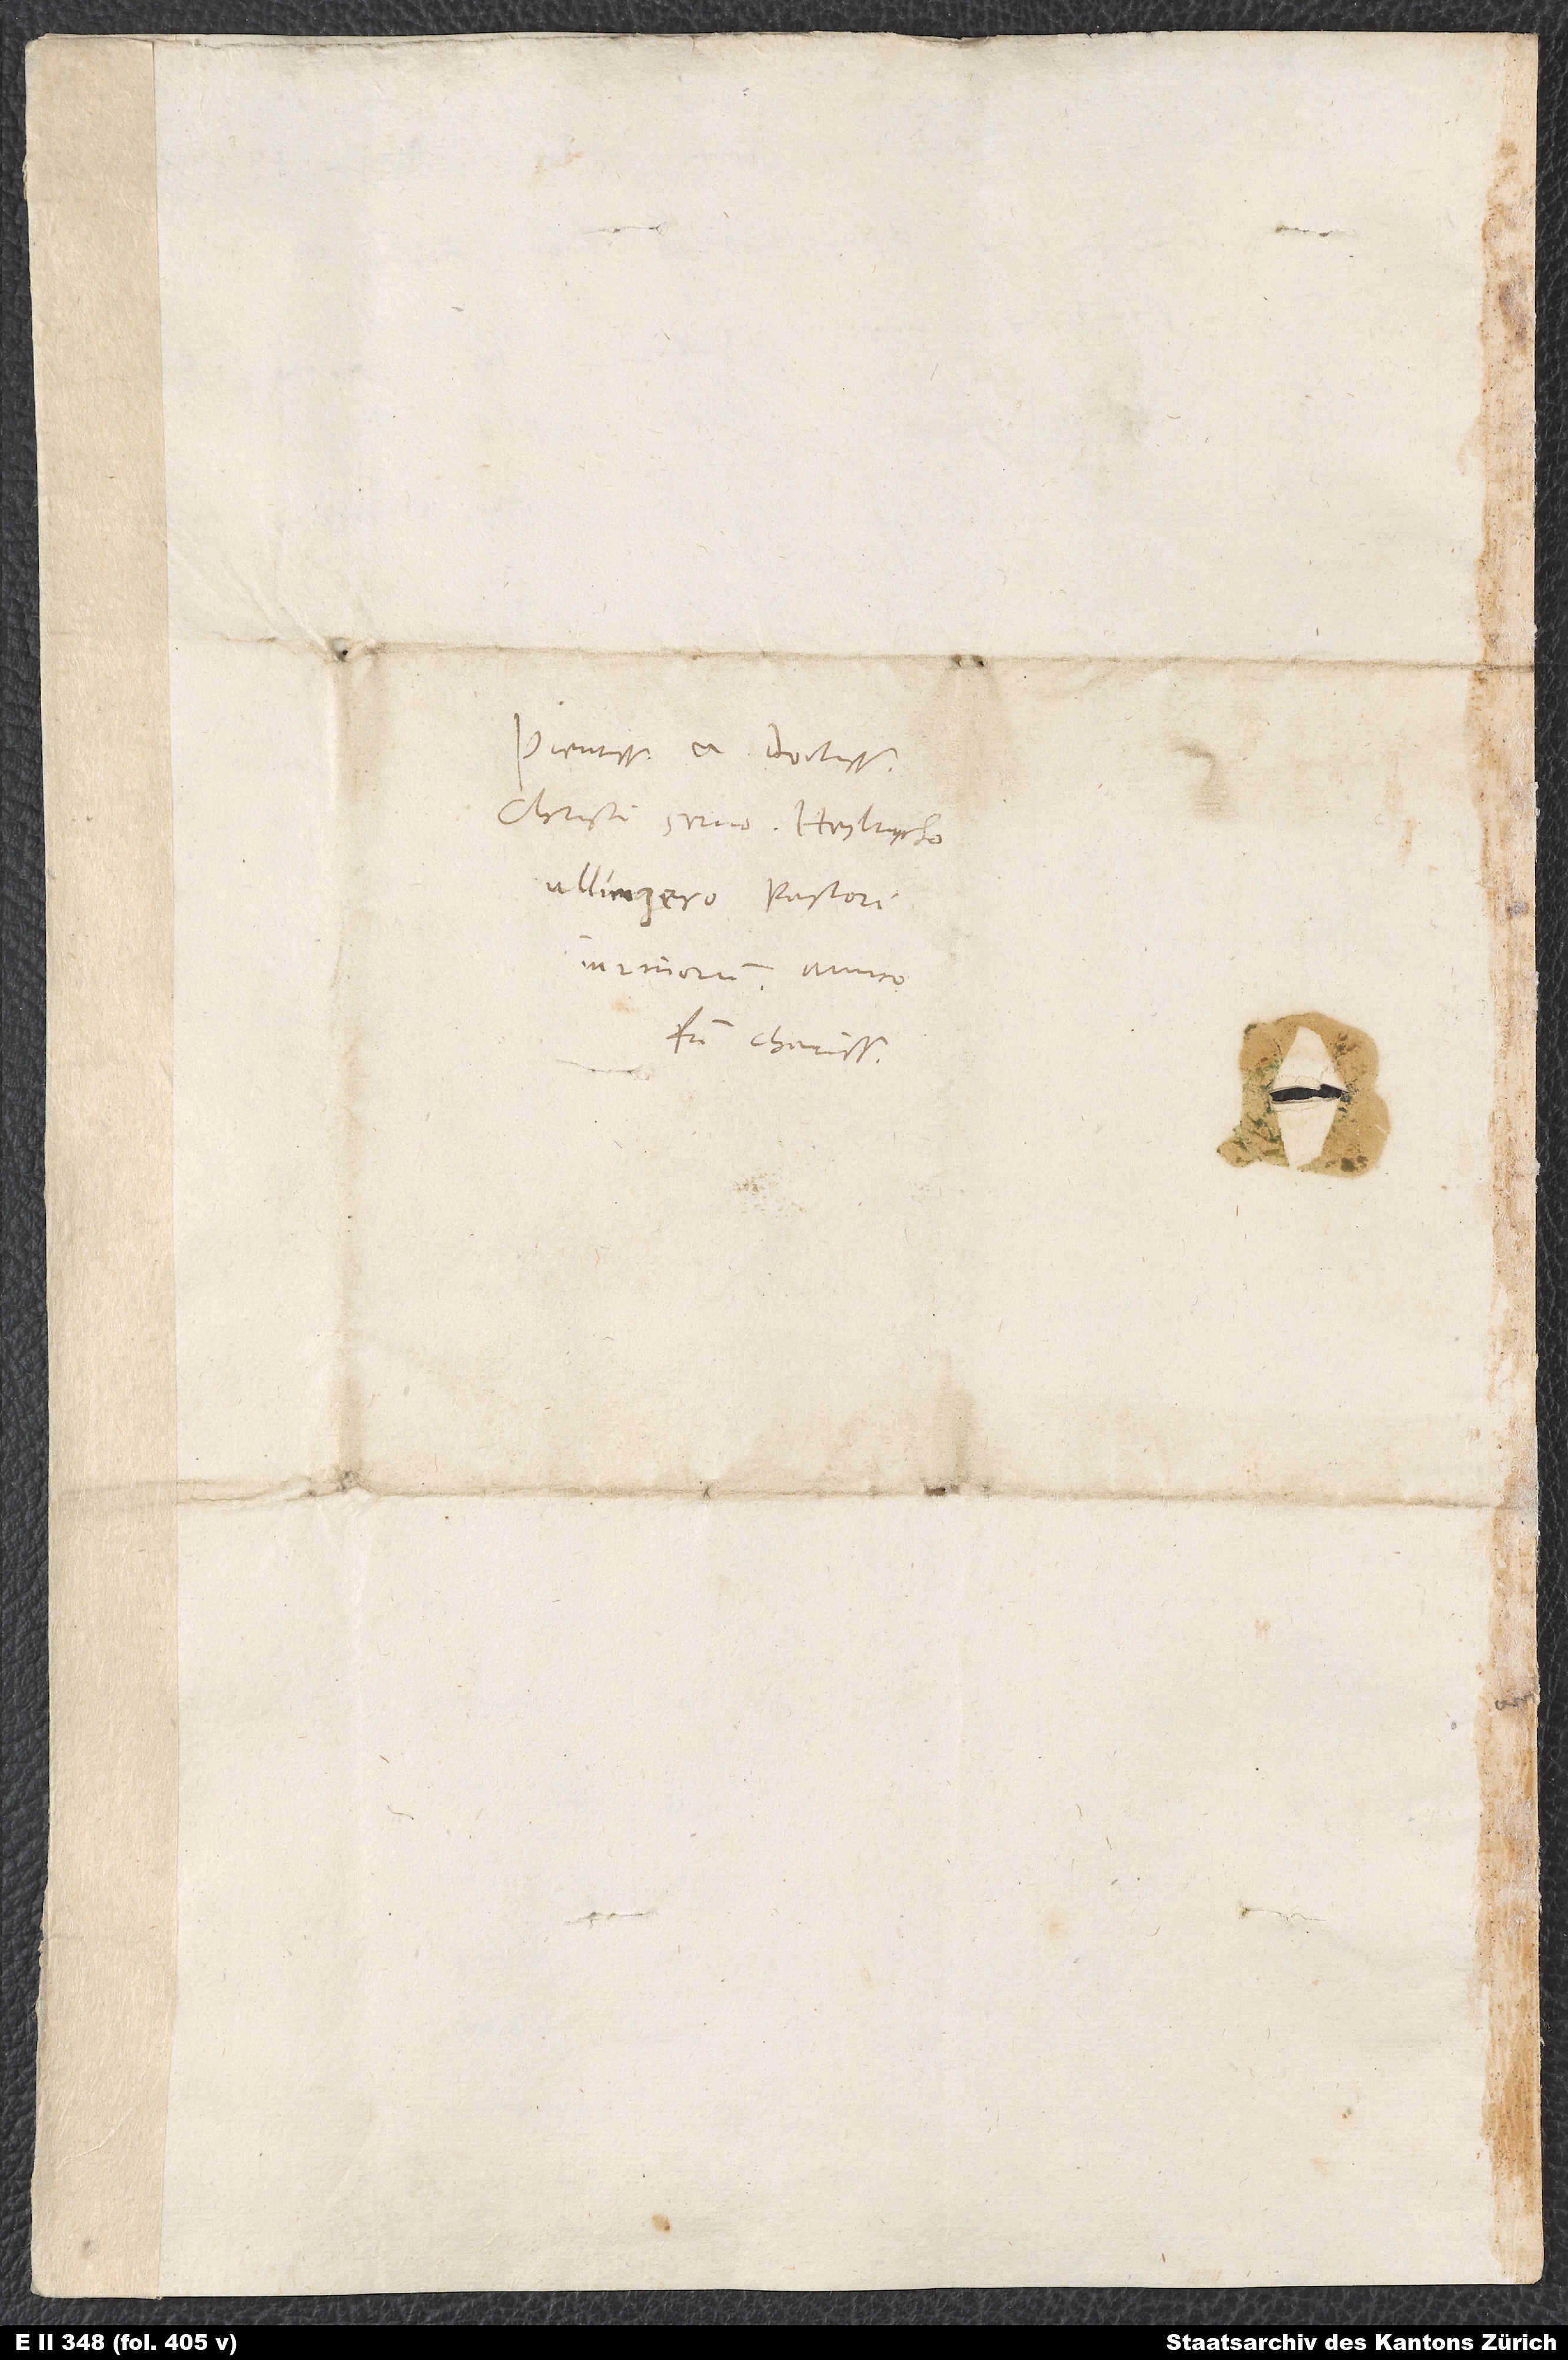
Pientissimo et doctissimo
Christi servo Heylrycho
fratri charissimo.